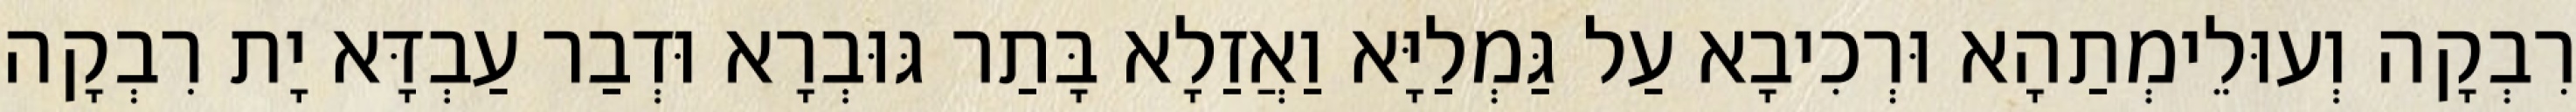
רִבְקָה וְעוּלֵימְתַהָא וּרְכִיבָא עַל גַּמְלַיָּא וַאֲזַלָא בָּתַר גּוּבְרָא וּדְבַר עַבְדָּא יָת רִבְקָה